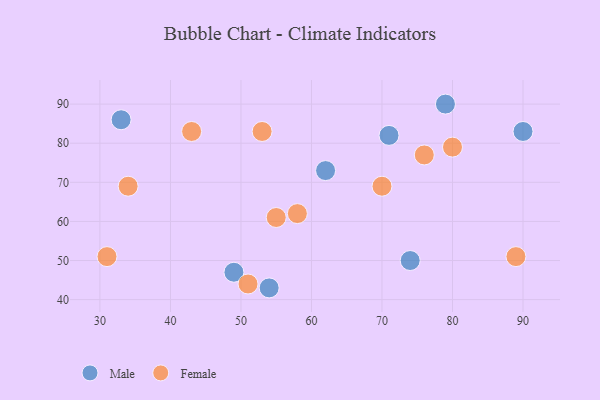
{"axis": {"x": "GDP", "y": "Life Expectancy"}, "legend": ["Female", "Male"], "data": [{"x": "79", "y": 90, "type": "Male"}, {"x": "90", "y": 83, "type": "Male"}, {"x": "49", "y": 47, "type": "Male"}, {"x": "71", "y": 82, "type": "Male"}, {"x": "62", "y": 73, "type": "Male"}, {"x": "74", "y": 50, "type": "Male"}, {"x": "54", "y": 43, "type": "Male"}, {"x": "33", "y": 86, "type": "Male"}, {"x": "55", "y": 61, "type": "Female"}, {"x": "76", "y": 77, "type": "Female"}, {"x": "51", "y": 44, "type": "Female"}, {"x": "34", "y": 69, "type": "Female"}, {"x": "58", "y": 62, "type": "Female"}, {"x": "53", "y": 83, "type": "Female"}, {"x": "70", "y": 69, "type": "Female"}, {"x": "89", "y": 51, "type": "Female"}, {"x": "80", "y": 79, "type": "Female"}, {"x": "31", "y": 51, "type": "Female"}, {"x": "43", "y": 83, "type": "Female"}]}